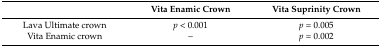
<table><thead><tr><td></td><td><b>Vita Enamic Crown</b></td><td><b>Vita Suprinity Crown</b></td></tr></thead><tbody><tr><td>Lava Ultimate crown</td><td><i>p</i> &lt; 0.001</td><td><i>p</i> = 0.005</td></tr><tr><td>Vita Enamic crown</td><td>--</td><td><i>p</i> = 0.002</td></tr></tbody></table>